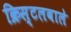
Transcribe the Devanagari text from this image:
क्रिस्टलवाले